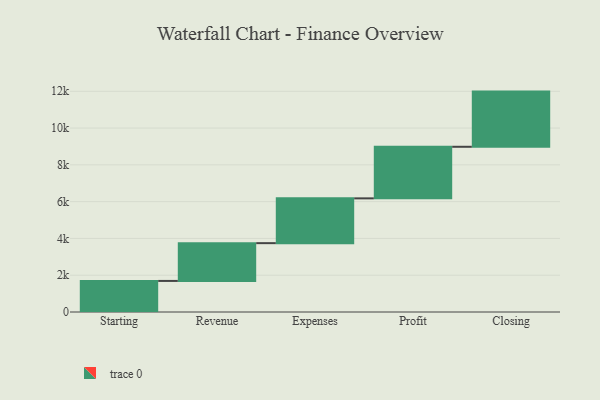
{"axis": {"x": "Step", "y": "Value"}, "legend": [""], "data": [{"x": "Starting", "y": 1689.0, "type": ""}, {"x": "Revenue", "y": 2054.0, "type": ""}, {"x": "Expenses", "y": 2435.0, "type": ""}, {"x": "Profit", "y": 2804.0, "type": ""}, {"x": "Closing", "y": 3000, "type": ""}]}